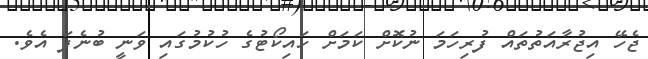
ޖެހޭ އިޖުރާއަތުތައް ފުރިހަމަ ނުކޮށް ކަމަށް ހައިކޯޓުގެ ހުކުމުގައި ވަނީ ބުނެފަ އެވެ.